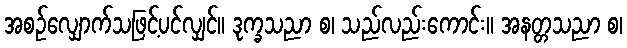
အစဉ်လျှောက်သဖြင့်ပင်လျှင်။ ဒုက္ခသညာ စ၊ သည်လည်းကောင်း။ အနတ္တသညာ စ၊